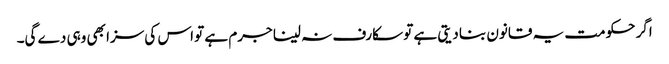
اگر حکومت یہ قانون بنا دیتی ہے تو سکارف نہ لینا جرم ہے تو اس کی سزا بھی وہی دے گی۔